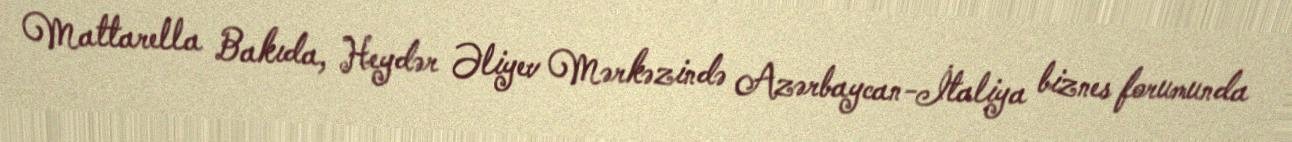
Mattarella Bakıda, Heydər Əliyev Mərkəzində Azərbaycan-İtaliya biznes forumunda